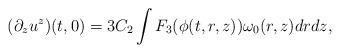
LaTeX: \begin{align*} (\partial_z u^z)(t,0) = 3 C_2 \int F_3( \phi(t,r,z) ){\omega_0(r,z)} dr dz, \end{align*}